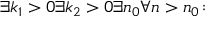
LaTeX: \exists k _ { 1 } > 0 \exists k _ { 2 } > 0 \exists n _ { 0 } \forall n > n _ { 0 } \colon